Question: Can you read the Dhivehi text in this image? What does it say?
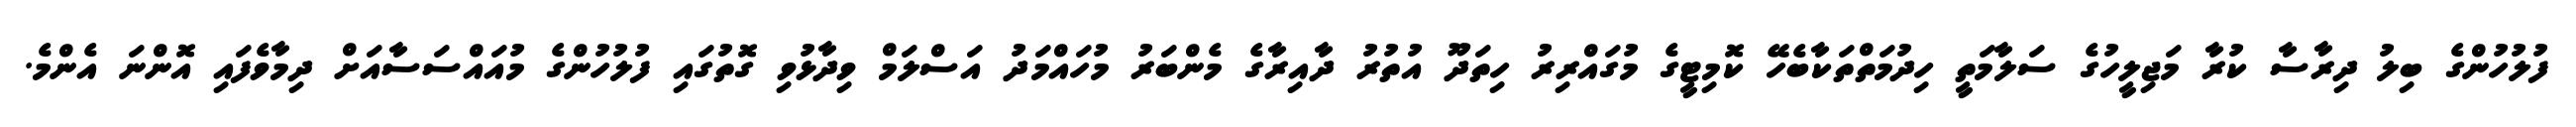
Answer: ފުލުހުންގެ ބިލު ދިރާސާ ކުރާ މަޖިލީހުގެ ސަލާމަތީ ހިދުމަތްތަކާބެހޭ ކޮމިޓީގެ މުގައްރިރު ހިތަދޫ އުތުރު ދާއިރާގެ މެންބަރު މުހައްމަދު އަސްލަމް ވިދާޅުވި ގޮތުގައި ފުލުހުންގެ މުއައްސަސާއަށް ދިމާވެފައި އޮންނަ އެންމެ.